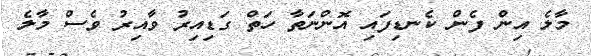
މާލެ އިން ފެން ކެނޑިފައި އޮންނަތާ ހަތް ގަޑިއިރު ވާއިރު ވެސް މާލެ